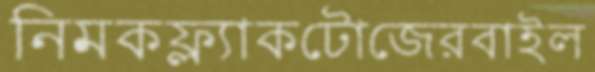
নিমকফ্ল্যাকটোজেরবাইল